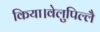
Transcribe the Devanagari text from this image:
किया।वेलुपिल्लै